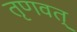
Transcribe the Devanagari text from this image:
तृणवत्